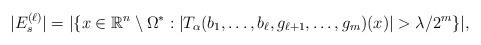
LaTeX: \begin{align*}|E_{s}^{(\ell)}| &= |\{x\in \mathbb{R}^{n}\setminus \Omega^{*}: |T_{\alpha}(b_{1},\dots,b_{\ell}, g_{\ell+1},\dots, g_{m})(x)|> \lambda/2^{m}\}|,\end{align*}